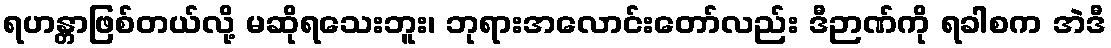
ရဟန္တာဖြစ်တယ်လို့ မဆိုရသေးဘူး၊ ဘုရားအလောင်းတော်လည်း ဒီဉာဏ်ကို ရခါစက အဲဒီ